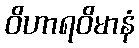
ဝိဟာရဝိမာနံ